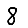
Digit: 8